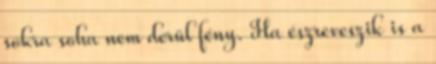
sokra soha nem derül fény. Ha észreveszik is a